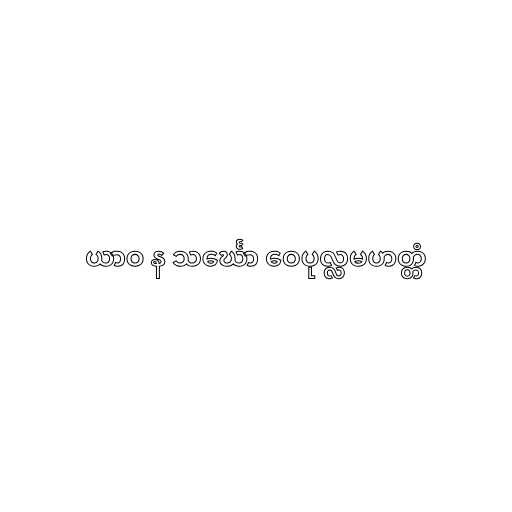
ယာဝ န သင်္ဃော ဝေပုလ္လမဟတ္တံ